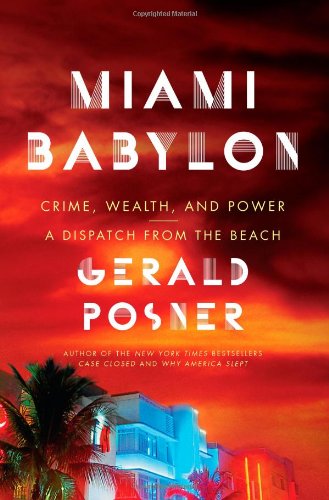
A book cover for Miami Babylon: Crime, Wealth, and Power--A Dispatch from the Beach; Gerald Posner; History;